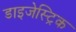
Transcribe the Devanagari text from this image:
डाइजेस्ट्रिक